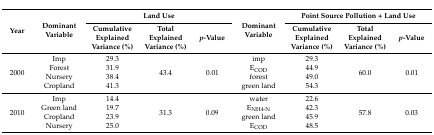
<table><thead><tr><td rowspan="2"><b>Year</b></td><td rowspan="2"><b>Dominant Variable</b></td><td colspan="3"><b>Land Use</b></td><td rowspan="2"><b>Dominant Variable</b></td><td colspan="3"><b>Point Source Pollution + Land Use</b></td></tr><tr><td><b>Cumulative Explained Variance (%)</b></td><td><b>Total Explained Variance (%)</b></td><td><b><i>p</i>-Value</b></td><td><b>Cumulative Explained Variance (%)</b></td><td><b>Total Explained Variance (%)</b></td><td><b><i>p</i>-Value</b></td></tr></thead><tbody><tr><td rowspan="4">2000</td><td>Imp</td><td>29.3</td><td rowspan="4">43.4</td><td rowspan="4">0.01</td><td>imp</td><td>29.3</td><td rowspan="4">60.0</td><td rowspan="4">0.01</td></tr><tr><td>Forest</td><td>31.9</td><td>E<sub>COD</sub></td><td>44.9</td></tr><tr><td>Nursery</td><td>38.4</td><td>forest</td><td>49.0</td></tr><tr><td>Cropland</td><td>41.3</td><td>green land</td><td>54.3</td></tr><tr><td rowspan="4">2010</td><td>Imp</td><td>14.4</td><td rowspan="4">31.3</td><td rowspan="4">0.09</td><td>water</td><td>22.6</td><td rowspan="4">57.8</td><td rowspan="4">0.03</td></tr><tr><td>Green land</td><td>19.7</td><td>E<sub>NH4-N</sub></td><td>42.3</td></tr><tr><td>Cropland</td><td>23.9</td><td>green land</td><td>45.9</td></tr><tr><td>Nursery</td><td>25.0</td><td>E<sub>COD</sub></td><td>48.5</td></tr></tbody></table>